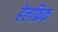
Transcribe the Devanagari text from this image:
हेलफ्रिक